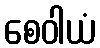
စေဝါယံ